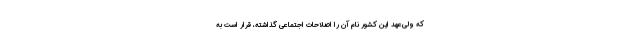
که ولی‌عهد این کشور نام آن را اصلاحات اجتماعی گذاشته، قرار است به